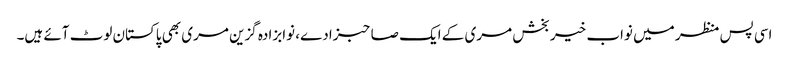
اسی پس منظر میں نواب خیر بخش مری کے ایک صاحبزادے، نوابزادہ گزین مری بھی پاکستان لوٹ آئے ہیں۔